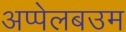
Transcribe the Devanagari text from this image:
अप्पेलबउम